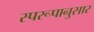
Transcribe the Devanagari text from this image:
स्परूपानुसार